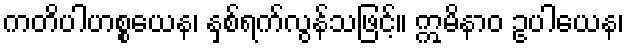
ကတိပါဟစ္စယေန၊ နှစ်ရက်လွန်သဖြင့်။ ဣမိနာဝ ဥပါယေန၊